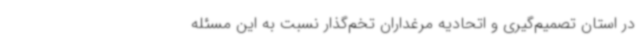
در استان تصمیم‌گیری و اتحادیه مرغداران تخم‌گذار نسبت به این مسئله